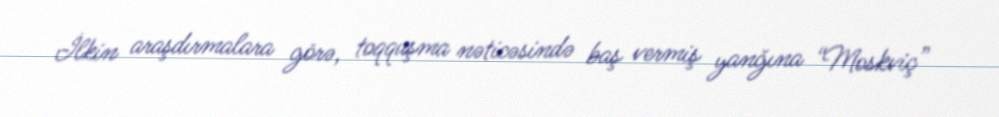
İlkin araşdırmalara görə, toqquşma nəticəsində baş vermiş yanğına “Moskviç”